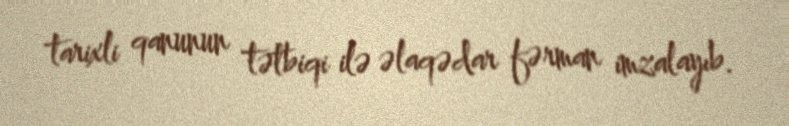
tarixli qanunun tətbiqi ilə əlaqədar fərman imzalayıb.